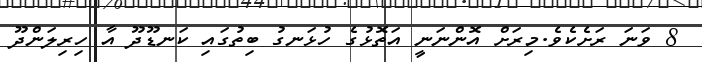
8 ވަނަ ރަށެކެވެ.މިރަށް އޮންނަނީ އަތޮޅުގެ ހުޅަނގު ބިތުގައި ކަނޑޫދޫ އާ ހިރިލަންދޫ